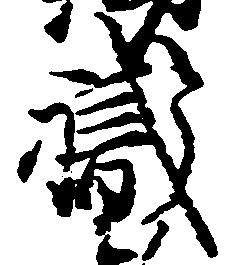
職